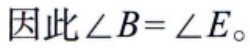
因此\(\angle B = \angle E\)。